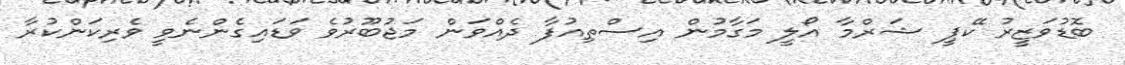
ބޮޑުވަޒީރު ކޭޕީ ޝަރްމާ އޯލީ މަގާމުން އިސްތިއުފާ ދެއްވަން މަޖުބޫރުވެ ވަޑައިގެންނެވީ ވެރިކަންކުރާ